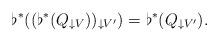
LaTeX: \begin{align*}\flat^{*}((\flat^{*}(Q_{\downarrow V}))_{\downarrow V'}) =\flat^{*}(Q_{\downarrow V'}).\end{align*}